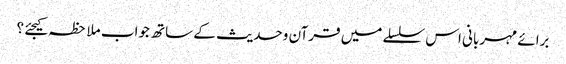
برائے مہربانی اس سلسلے میں قرآن وحدیث کے ساتھ جواب ملاحظہ کیجئے ؟